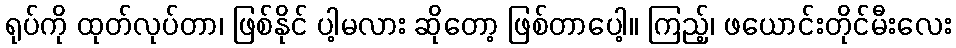
ရုပ်ကို ထုတ်လုပ်တာ၊ ဖြစ်နိုင် ပါ့မလား ဆိုတော့ ဖြစ်တာပေါ့။ ကြည့်၊ ဖယောင်းတိုင်မီးလေး